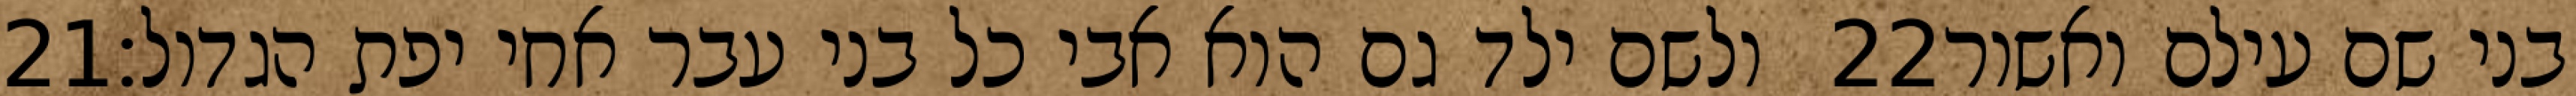
‎21‏ ולשם ילד גם הוא אבי כל בני עבר אחי יפת הגדול׃ ‎22‏ בני שם עילם ואשור